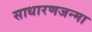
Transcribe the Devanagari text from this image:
साधारणजन्मा